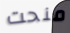
منحت